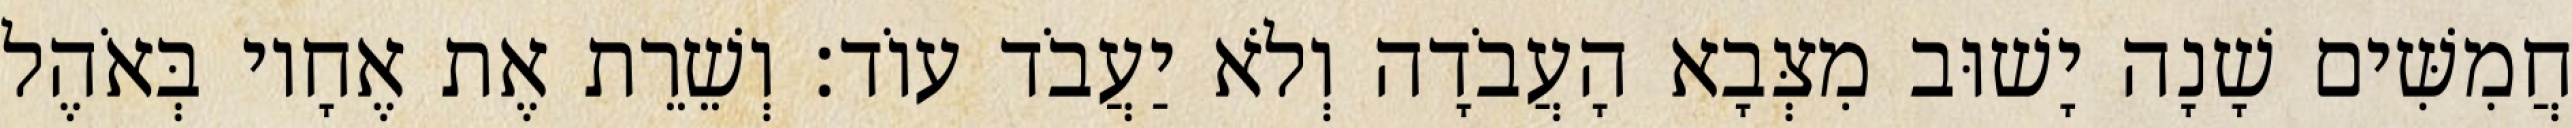
חֲמִשִּׁים שָׁנָה יָשׁוּב מִצְּבָא הָעֲבֹדָה וְלֹא יַעֲבֹד עוֹד׃ וְשֵׁרֵת אֶת אֶחָיו בְּאֹהֶל